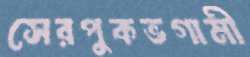
সেরপুকভগামী